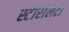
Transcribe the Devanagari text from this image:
स्टेरिलिटी